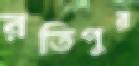
রতিপুর